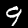
Digit: 9